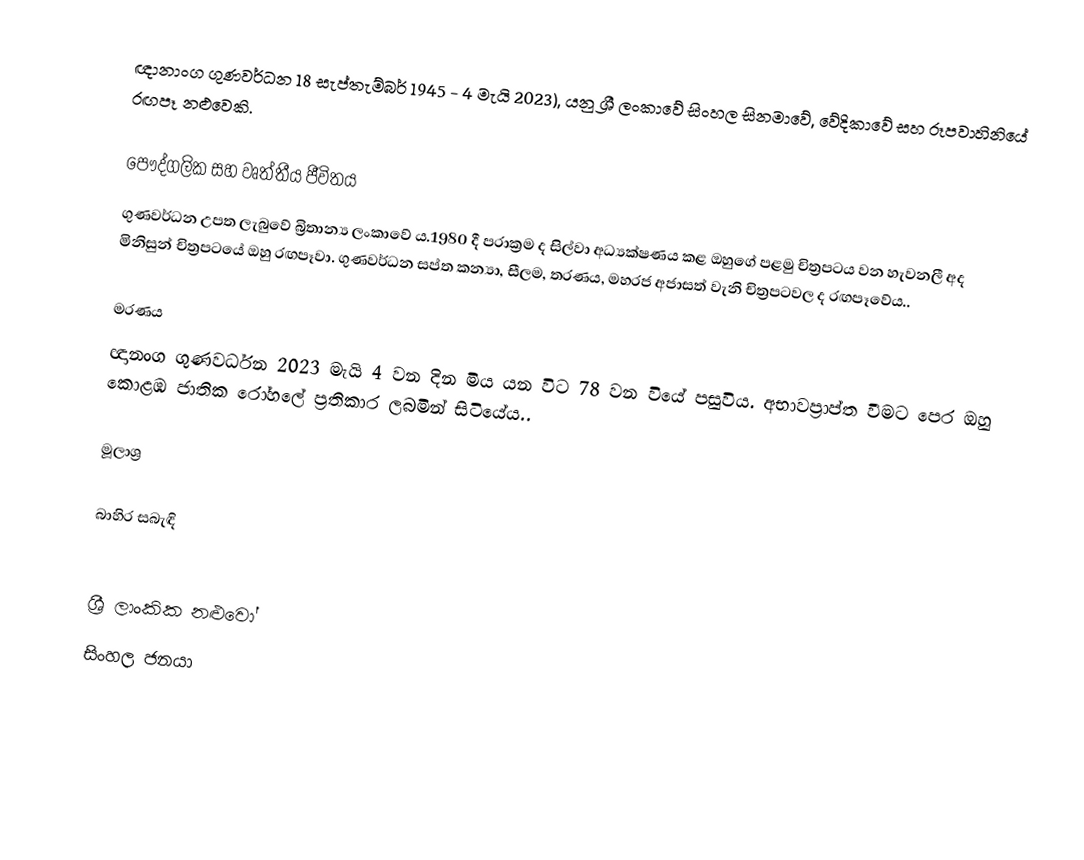
ඥානාංග ගුණවර්ධන 18 සැප්තැම්බර් 1945 - 4 මැයි 2023), යනු ශ්‍රී ලංකාවේ සිංහල සිනමාවේ, වේදිකාවේ සහ රූපවාහිනියේ රඟපෑ නළුවෙකි.

පෞද්ගලික සහ වෘත්තීය ජීවිතය
ගුණවර්ධන උපත ලැබුවේ බ්‍රිතාන්‍ය ලංකාවේ ය.1980 දී පරාක්‍රම ද සිල්වා අධ්‍යක්ෂණය කළ ඔහුගේ පළමු චිත්‍රපටය වන හැවනලී අද මිනිසුන් චිත්‍රපටයේ ඔහු රඟපෑවා. ගුණවර්ධන සප්ත කන්‍යා, සීලම, තරණය, මහරජ අජාසත් වැනි චිත්‍රපටවල ද රඟපෑවේය..

මරණය
ඥානංග ගුණවර්ධන 2023 මැයි 4 වන දින මිය යන විට 78 වන වියේ පසුවිය. අභාවප්‍රාප්ත වීමට පෙර ඔහු  කොළඹ ජාතික රෝහලේ ප්‍රතිකාර ලබමින් සිටියේය..

මූලාශ්‍ර

බාහිර සබැඳි

ශ්‍රී ලාංකික නළුවෝ
සිංහල ජනයා